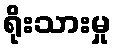
ရိုးသားမှု